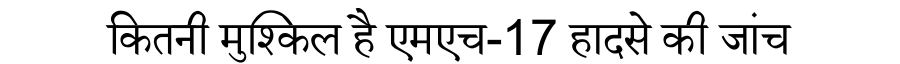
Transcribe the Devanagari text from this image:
कितनी मुश्किल है एमएच-17 हादसे की जांच